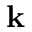
\mathbf { k }